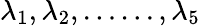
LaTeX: \lambda_{1},\lambda_{2},\ldots\ldots,\lambda_{5}